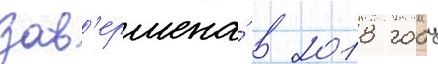
зав'ершена́ в 2018 году